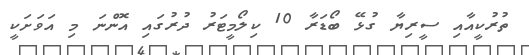
ތުރުކީއާއި ސީރިޔާ ގުޅޭ ބޯޑަރާ 10 ކިލޯމީޓަރު ދުރުގައި އޮންނަ މި އަވަށަކީ